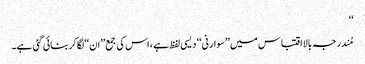
‘‘
مُندرجہ بالااقتباس میں ’’سوارنی‘‘ دیسی لفظ ہے ، اس کی جمع’’ان‘‘لگاکربنائی گئی ہے۔